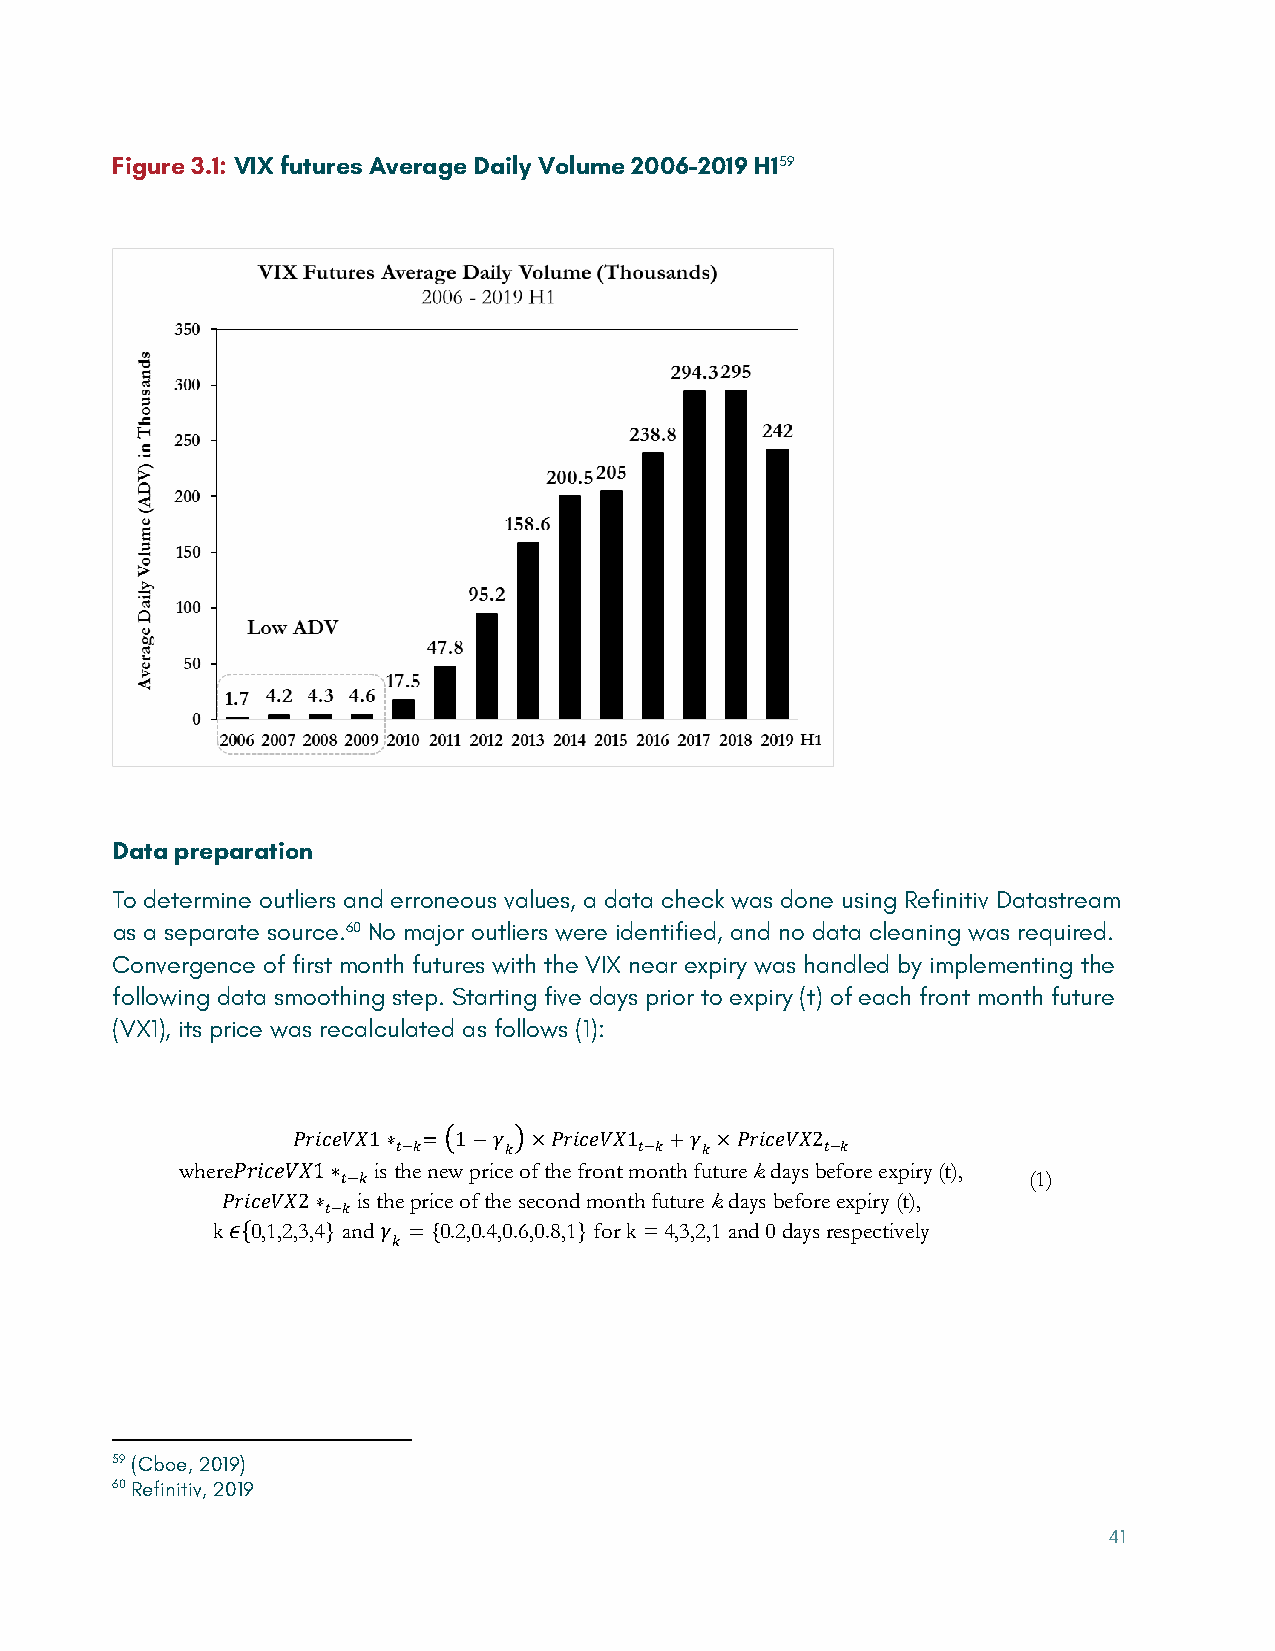
Figure 3.1: VIX futures Average Daily Volume 2006-2019 H159
 Data preparation
 To determine outliers and erroneous values, a data check was done using Refinitiv Datastream
 as a separate source.60 No major outliers were identified, and no data cleaning was required.
 Convergence of first month futures with the VIX near expiry was handled by implementing the
 following data smoothing step. Starting five days prior to expiry (t) of each front month future
 (VX1), its price was recalculated as follows (1):
 where
 𝑃𝑃𝑃𝑃𝑃𝑃𝑃𝑃𝑃𝑃𝑃𝑃𝑃𝑃
 1is
 ∗
 t 𝑡𝑡h −e
 𝑘𝑘
 =ne �w
 1
 p −ri 𝛾𝛾ce
 𝑘𝑘
 �o ×f th 𝑃𝑃e
 𝑃𝑃
 𝑃𝑃f 𝑃𝑃r 𝑃𝑃o 𝑃𝑃n 𝑃𝑃t 1m 𝑡𝑡−o 𝑘𝑘nt +h 𝛾𝛾fu 𝑘𝑘t ×ur 𝑃𝑃e 𝑃𝑃k
 𝑃𝑃
 𝑃𝑃d 𝑃𝑃a 𝑃𝑃y 𝑃𝑃s 2b 𝑡𝑡e −f 𝑘𝑘ore expiry (t),
 (1)
 is the price of the second month future k days before expiry (t),
 𝑃𝑃𝑃𝑃𝑃𝑃𝑃𝑃𝑃𝑃𝑃𝑃𝑃𝑃1∗𝑡𝑡−𝑘𝑘
 k  0,1,2,3,4} and 0.2,0.4,0.6,0.8,1} for k = 4,3,2,1 and 0 days respectively
 𝑃𝑃𝑃𝑃𝑃𝑃𝑃𝑃𝑃𝑃𝑃𝑃𝑃𝑃2∗𝑡𝑡−𝑘𝑘
 𝜖𝜖{       𝛾𝛾𝑘𝑘 = {
 59 (Cboe, 2019)
 60 Refinitiv, 2019
 41